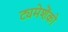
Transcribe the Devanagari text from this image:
ट्यमेशेंको